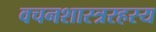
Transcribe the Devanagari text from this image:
वचनशास्त्ररहस्य